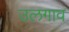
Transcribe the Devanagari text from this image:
उलगाव